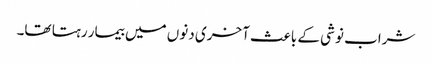
شراب نوشی کے باعث آخری دنوں میں بیمار رہتا تھا۔